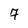
Character: 7